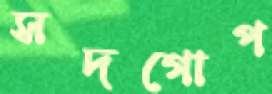
সদগোপ